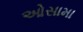
ઓસામા